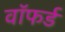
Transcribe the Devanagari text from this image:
वॉफर्ड